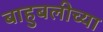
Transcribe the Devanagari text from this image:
बाहुबलीच्या